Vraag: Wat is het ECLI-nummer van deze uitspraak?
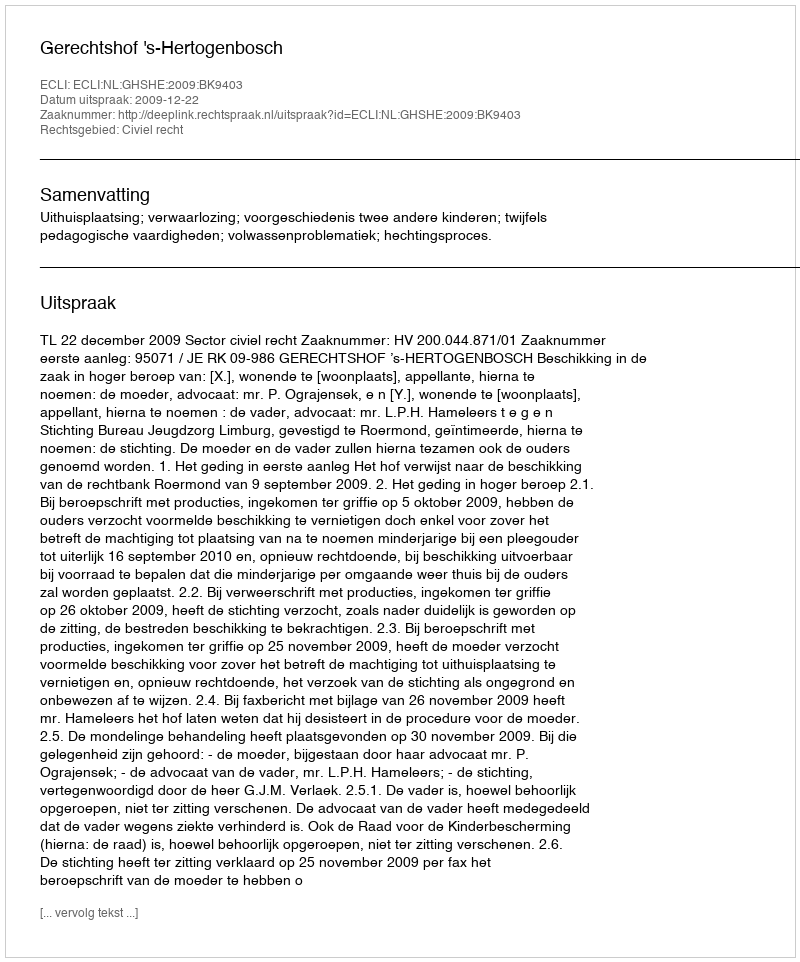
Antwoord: ECLI:NL:GHSHE:2009:BK9403